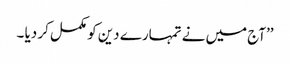
’’آج میں نے تمہارے دین کو مکمل کر دیا ۔